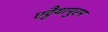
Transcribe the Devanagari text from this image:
एट्टैयापुरम